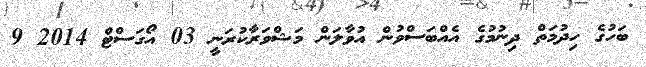
ބަހުގެ ހިދުމަތް ދިނުމުގެ އެއްބަސްވުން އުވާލަން މަޝްވަރާކުރަނީ 03 އޯގަސްޓް 2014 9